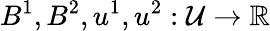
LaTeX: B^{1},B^{2},u^{1},u^{2}:\mathcal{U}\to\mathbb{R}